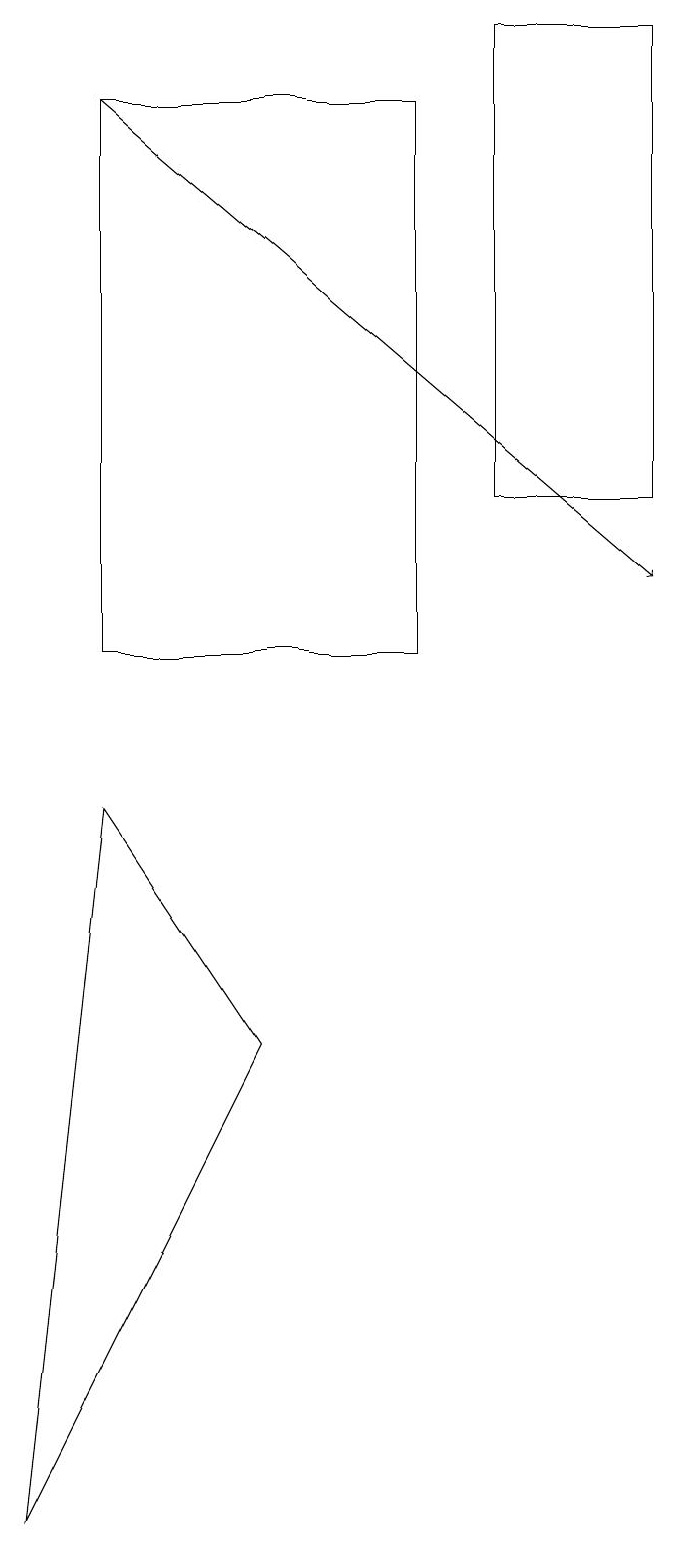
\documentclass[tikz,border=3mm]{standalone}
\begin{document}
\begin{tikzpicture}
\draw (2,11) rectangle (6,18);
\draw (4,6) -- (2,9) -- (1,0) -- cycle;
\draw (9,19) rectangle (7,13);
\draw[->] (2,18) -- (9,12);
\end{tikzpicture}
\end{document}